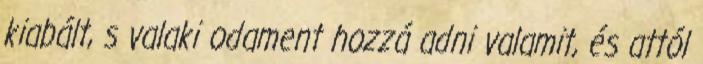
kiabált, s valaki odament hozzá adni valamit, és attól